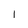
Character: l